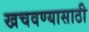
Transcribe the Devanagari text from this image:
खचवण्यासाठी